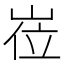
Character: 𡸏